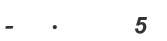
-   .      5